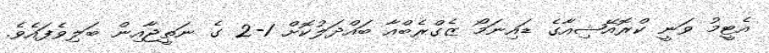
އެޓީމު ވަނީ ކްރޮއޭޝިއާގެ ޑައިނަމޯ ޒެގްރެބްއާ ބައްދަލުކޮށް 1-2 ގެ ނަތީޖާއިން ބަލިވެފައެވެ.